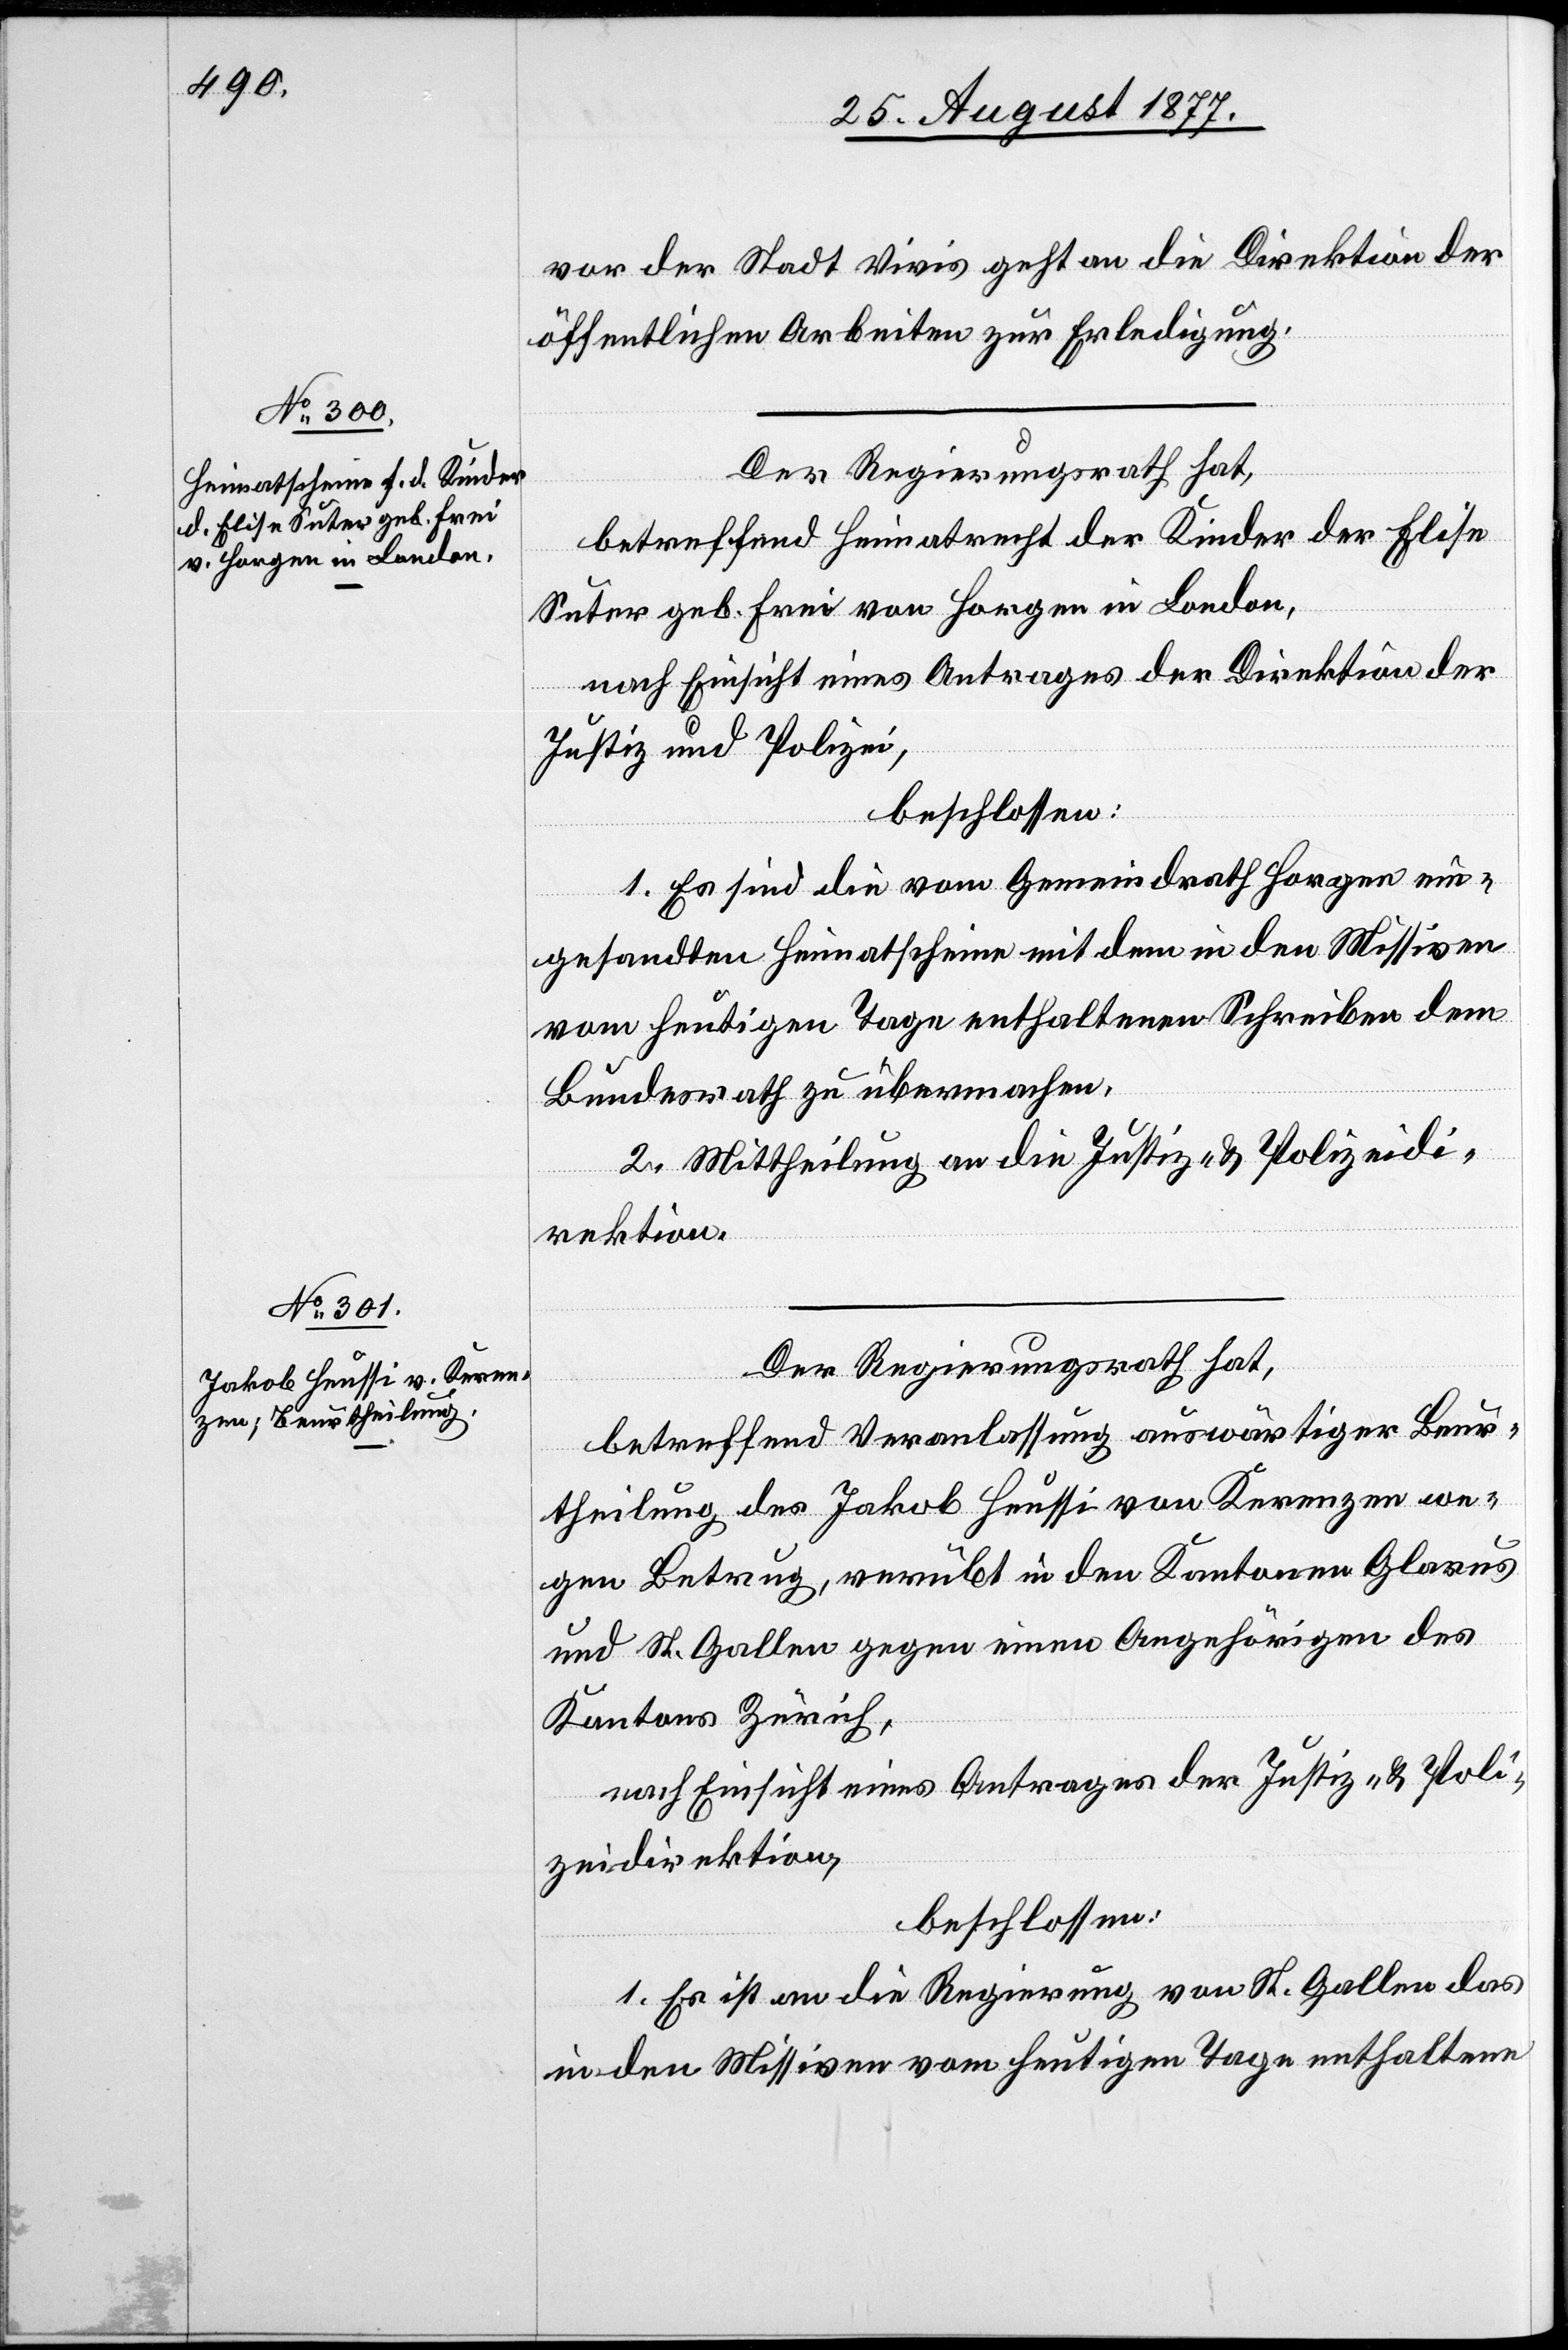
30. August 1877.]
vor der Stadt Vivis geht an die Direktion der
öffentlichen Arbeiten zur Erledigung.
Der Regierungsrath hat,
betreffend Heimatrecht der Kinder der Elise
Suter geb. Frei von Horgen in London,
nach Einsicht eines Antrages der Direktion der
Justiz und Polizei,
beschlossen:
1. Es sind die vom Gemeindrath Horgen ein¬
gesandten Heimatscheine mit dem in den Missiven
vom heutigen Tage enthaltenen Schreiben dem
Bundesrath zu übermachen.
2. Mittheilung an die Justiz- & Polizeidi¬
rektion.
Der Regierungsrath hat,
betreffend Veranlassung auswärtiger Beur¬
theilung des Jakob Heussi von Kerenzen we¬
gen Betrug, verübt in den Kantonen Glarus
und St. Gallen gegen einen Angehörigen des
Kantons Zürich,
nach Einsicht eines Antrages der Justiz- & Poli¬
zeidirektion,
beschlossen:
1. Es ist an die Regierung von St. Gallen das
in den Missiven vom heutigen Tage enthaltene